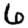
Digit: 6